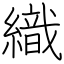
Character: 織